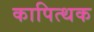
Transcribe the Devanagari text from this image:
कापित्थक